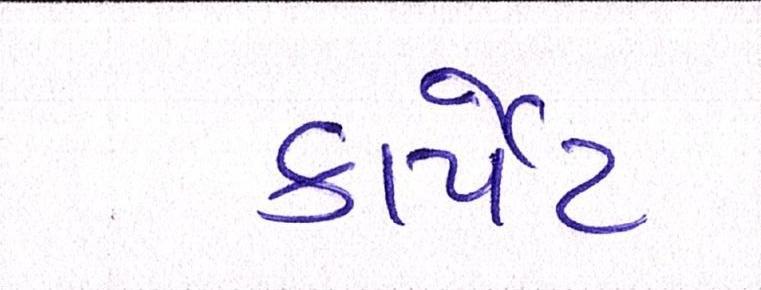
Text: કાર્પેટ